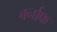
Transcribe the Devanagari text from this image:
बर्नाफ